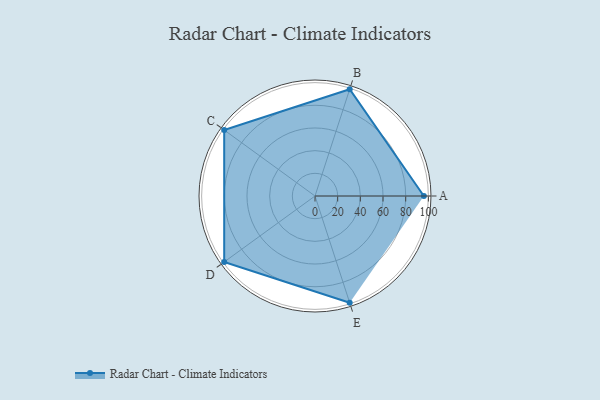
{"axis": {"x": "Skill", "y": "Score"}, "legend": ["Profile"], "data": [{"x": "A", "y": 96.0, "type": "Profile"}, {"x": "B", "y": 99.0, "type": "Profile"}, {"x": "C", "y": 99, "type": "Profile"}, {"x": "D", "y": 99, "type": "Profile"}, {"x": "E", "y": 99, "type": "Profile"}]}